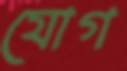
যোগ